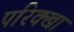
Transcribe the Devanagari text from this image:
परिक्खा